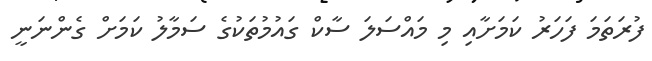
ފުރަތަމަ ފަހަރު ކަމަށާއި މި މައްސަލަ ސާކް ގައުމުތަކުގެ ސަމާލު ކަމަށް ގެންނަނީ